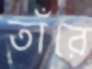
তাঁরে